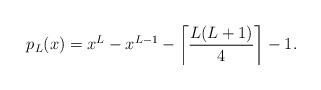
LaTeX: \begin{align*}p_{L}(x)=x^{L}-x^{L-1}-\left\lceil \frac{L(L+1)}{4} \right\rceil -1. \end{align*}